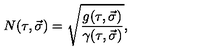
N ( \tau , \vec { \sigma } ) = \sqrt { \frac { g ( \tau , \vec { \sigma } ) } { \gamma ( \tau , \vec { \sigma } ) } } ,